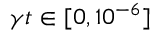
\gamma t \in [ 0 , 1 0 ^ { - 6 } ]